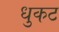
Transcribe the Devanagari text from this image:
धुकट